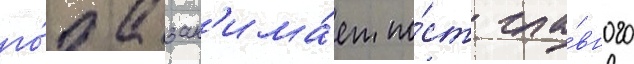
го́да зан'има́ет по́ст гла́вного